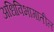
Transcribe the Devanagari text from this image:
अधिविभागातील